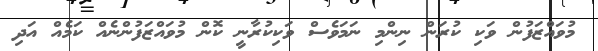
މުވައްޒަފުން ވަކި ކުރަން ނިންމި ނަމަވެސް ވަކިކުރާނީ ކޮން މުވައްޒަފުންނެއް ކަމެއް އަދި